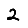
Digit: 2